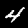
Label: 4